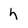
Character: h